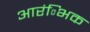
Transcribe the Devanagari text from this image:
आरंिभक